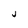
Character: j